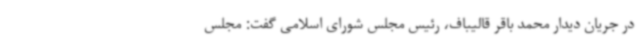
در جریان دیدار محمد باقر قالیباف، رئیس مجلس شورای اسلامی گفت: مجلس